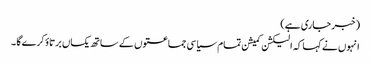
(خبر جاری ہے)
انہوں نے کہا کہ الیکشن کمیشن تمام سیاسی جماعتوں کے ساتھ یکساں برتاؤ کرے گا ۔